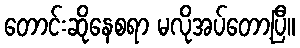
တောင်းဆိုနေစရာ မလိုအပ်တော့ပြီ။